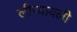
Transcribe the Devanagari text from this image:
लीप्यावली